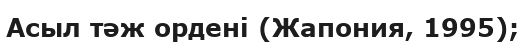
Асыл тәж ордені (Жапония, 1995);